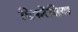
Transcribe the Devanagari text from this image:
डिफरेंशिया